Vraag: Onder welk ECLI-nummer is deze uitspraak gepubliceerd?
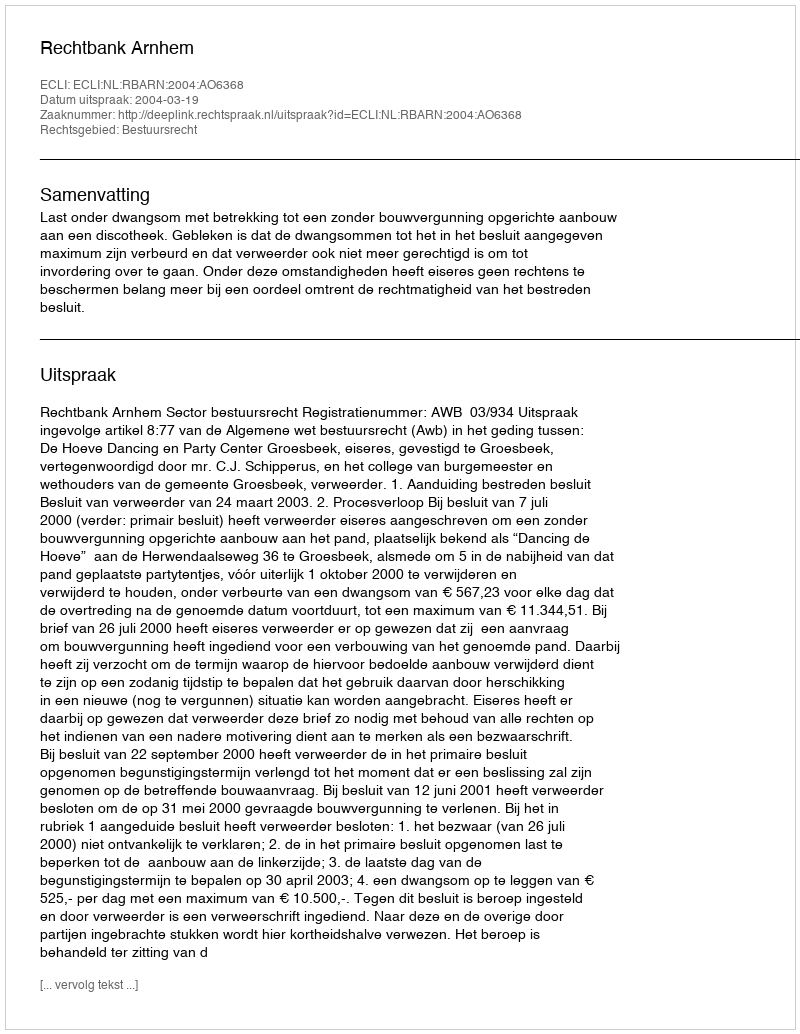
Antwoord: ECLI:NL:RBARN:2004:AO6368